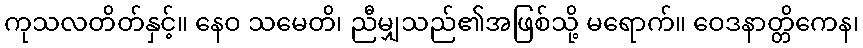
ကုသလတိတ်နှင့်။ နေဝ သမေတိ၊ ညီမျှသည်၏အဖြစ်သို့ မရောက်။ ဝေဒနာတ္တိကေန၊